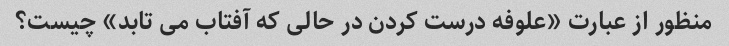
منظور از عبارت «علوفه درست کردن در حالی که آفتاب می تابد» چیست؟